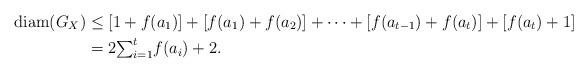
LaTeX: \begin{align*}\operatorname{diam}(G_{X}) & \leq\lbrack1+f(a_{1})]+[f(a_{1})+f(a_{2})]+\cdots+[f(a_{t-1})+f(a_{t})]+[f(a_{t})+1]\\& =2{\textstyle\sum_{i=1}^{t}}f(a_{i})+2.\end{align*}